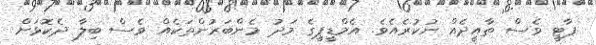
ޕާޓީ ވެސް ތާއީދެއް ނުކުރެއެވެ. އެމްޑީޕީގެ މަދު މެންބަރުންތަކެއް ވެސް ބިލާ ދެކޮޅަށް